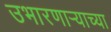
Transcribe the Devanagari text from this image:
उभारणार्‍याच्या